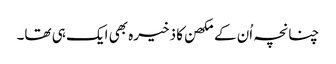
چنانچہ اُن کے مکھن کا ذخیرہ بھی ایک ہی تھا۔